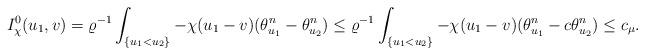
LaTeX: \begin{align*}I^0_\chi(u_1, v)=\varrho^{-1}\int_{\{u_1<u_2\}} -\chi (u_1-v)(\theta_{u_1}^n-\theta_{u_2}^n)\leq\varrho^{-1}\int_{\{u_1<u_2\}} -\chi (u_1-v)(\theta_{u_1}^n-c\theta_{u_2}^n)\leq c_{\mu}.\end{align*}